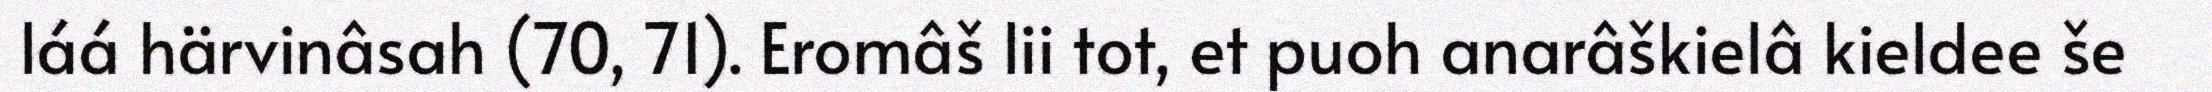
láá härvinâsah (70, 71). Eromâš lii tot, et puoh anarâškielâ kieldee še